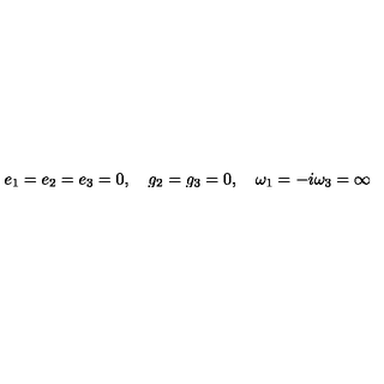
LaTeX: e _ { 1 } = e _ { 2 } = e _ { 3 } = 0 , \quad g _ { 2 } = g _ { 3 } = 0 , \quad \omega _ { 1 } = - i \omega _ { 3 } = \infty